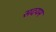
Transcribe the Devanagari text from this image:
सदयम